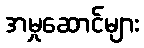
အမှုဆောင်များ